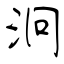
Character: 泂